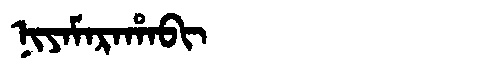
Manchu: ᠨᡳᠶᠠᠮᠠᡵᠠᡥᠠᠪᡳ
Romanization: NIYAMARAHABI